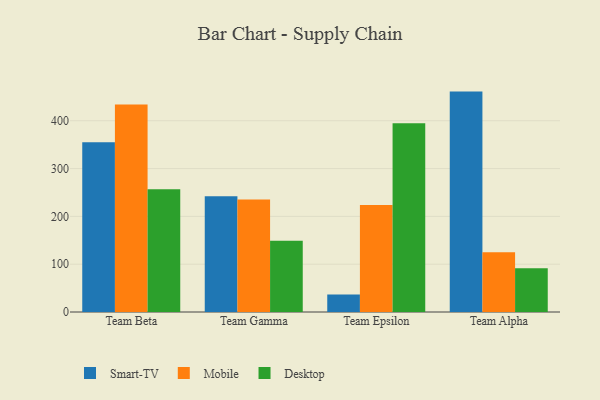
{"axis": {"x": "Team", "y": "Conversion Rate (%)"}, "legend": ["Desktop", "Mobile", "Smart-TV"], "data": [{"x": "Team Beta", "y": 355.3, "type": "Smart-TV"}, {"x": "Team Beta", "y": 434.0, "type": "Mobile"}, {"x": "Team Beta", "y": 256.9, "type": "Desktop"}, {"x": "Team Gamma", "y": 241.9, "type": "Smart-TV"}, {"x": "Team Gamma", "y": 235.1, "type": "Mobile"}, {"x": "Team Gamma", "y": 149.2, "type": "Desktop"}, {"x": "Team Epsilon", "y": 36.8, "type": "Smart-TV"}, {"x": "Team Epsilon", "y": 223.8, "type": "Mobile"}, {"x": "Team Epsilon", "y": 394.6, "type": "Desktop"}, {"x": "Team Alpha", "y": 461.0, "type": "Smart-TV"}, {"x": "Team Alpha", "y": 125.2, "type": "Mobile"}, {"x": "Team Alpha", "y": 91.5, "type": "Desktop"}]}